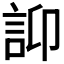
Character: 𧥴